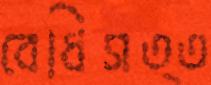
বেধিসত্ত